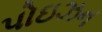
પોઇઝન